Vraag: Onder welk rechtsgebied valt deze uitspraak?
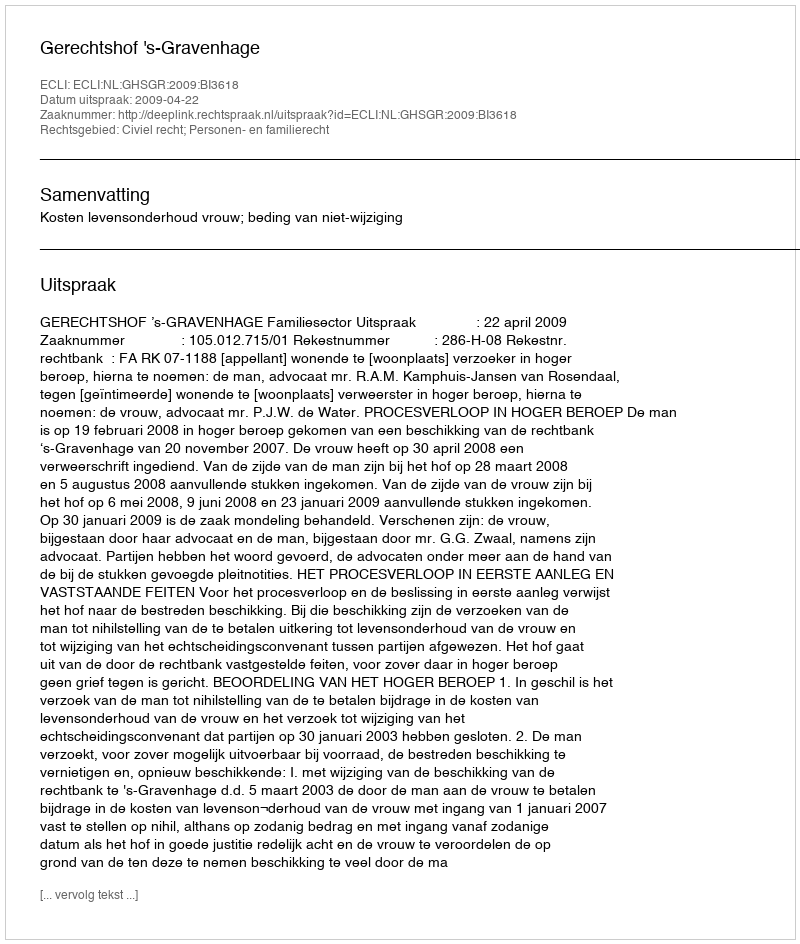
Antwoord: Civiel recht; Personen- en familierecht